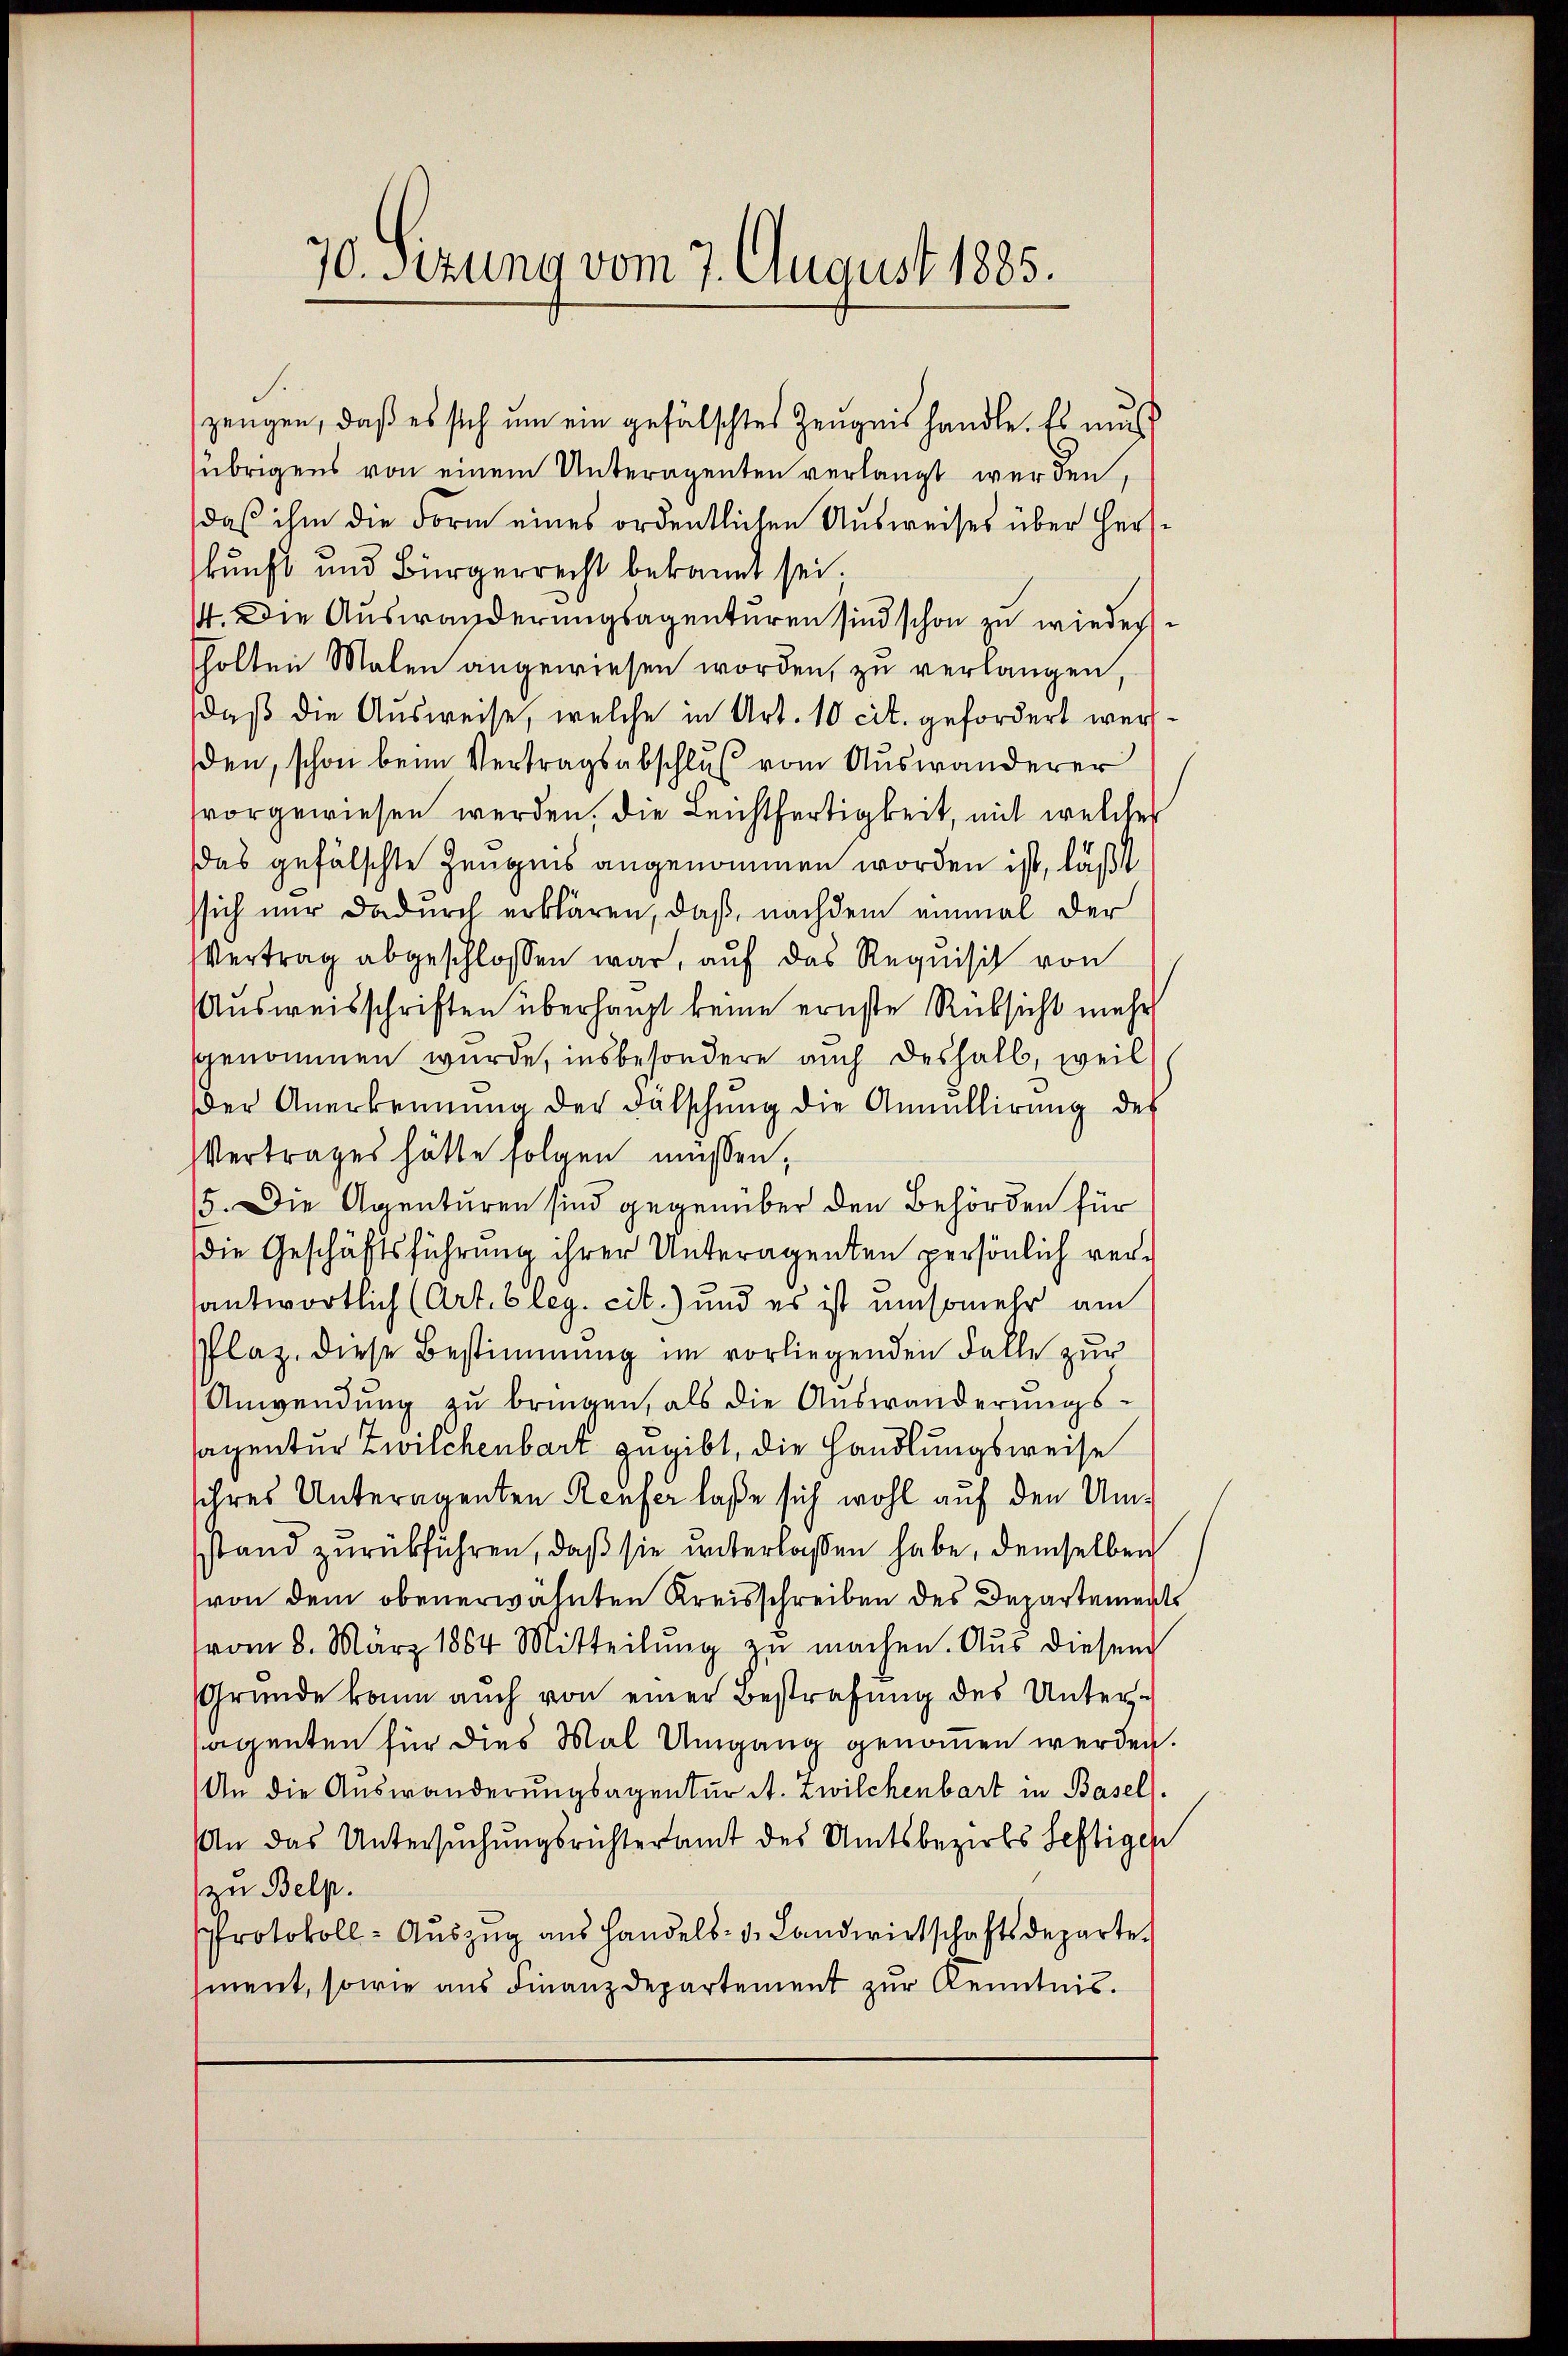
70. Setzung vom 7. August 1885.

.
übrigens von einem Unteragenten verlangt werden,
daß ihm die Form eines ordentlichen Ausweises über Herzkunft und Bürgerrecht bekannt sei.
44. Die Auswanderungsagenturen sind schon zu wieder
holten Malen angewiesen worden, zu verlangen,
daß die Ausweise, welche in Art. 10 cit. gefordert werden, schon beim Vertragsabschluß vom Auswanderer
vorgewiesen werden, die Leichtfertigkeit, mit welcher
das gefälschte Zeugnis angenommen worden ist, läßt
ssich nur dadurch erklären, daß, nachdem einmal der
Vertrag abgeschlossen war, auf das Requisit von
Ausweisschriften überhaupt keine ernste Rüksicht mehr
genommen wurde, insbesondere auch deshalb, weil
der Anerkennung der Fälschung die Annullirung des
Vertrages hätte folgen müssen,
5. Die Agenturen sind gegenüber den Behörden für
die Geschäftsführung ihrer Unteragenten persönlich verantwortlich (Art. 6 leg. cit.) und es ist umsomehr am
Plaz, diese Bestimmung im vorliegenden Falle zur
Anwendung zu bringen, als die Auswanderungssagentur Zwilchenbart zugibt, die Handlungsweise
sihres Unteragenten Reufer laße sich wohl auf den Umsstand zurückführen, daß sie unterlaßen habe, demselben
von dem obenerwähnten Kreisschreiben des Departements
vom 8. März 1864 Mitteilŭng zŭ machen. Aus diesem
Gründe kann auch von einer Bestrafung des Unterseigenten für dies Mal Umgang genommen werden.
An die Auswanderungsagentur A. Zwilchenbart in Basel.
An das Untersuchungsrichteramt des Amtsbezirks Seftigen
zu Belp.
Protokoll- Auszug aus handels- u. Landwirtschaftsdeparte
ment, sowie aus Finanzdepartement zur Kenntnis.

zeugen, daß es sich um ein gefälschtes Zeugnis handle. Es mus